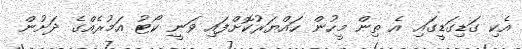
އެކި ގަޑިގަޑީގައި އެ ތިން މީހުން ހައްޔަރުކޮށްފައި ވަނީ ކޯޓު އަމުރެއްގެ ދަށުން